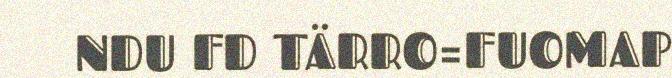
NDU FD TÄRRO=FUOMAP